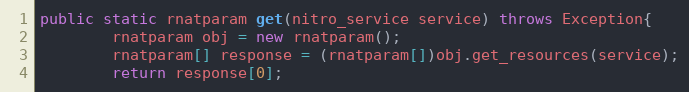
Language: Java
public static rnatparam get(nitro_service service) throws Exception{
		rnatparam obj = new rnatparam();
		rnatparam[] response = (rnatparam[])obj.get_resources(service);
		return response[0];